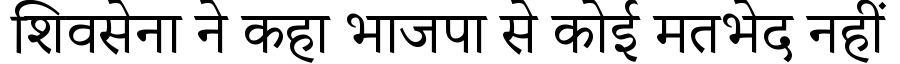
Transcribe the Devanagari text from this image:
शिवसेना ने कहा भाजपा से कोई मतभेद नहीं